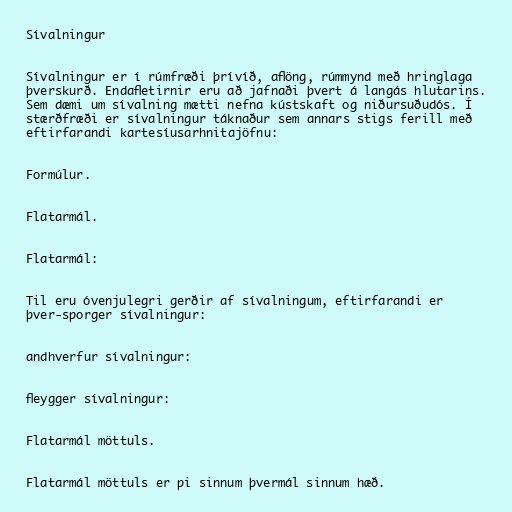
Sívalningur

Sívalningur er í rúmfræði þrívíð, aflöng, rúmmynd með hringlaga
þverskurð. Endafletirnir eru að jafnaði þvert á langás hlutarins.
Sem dæmi um sívalning mætti nefna kústskaft og niðursuðudós. Í
stærðfræði er sívalningur táknaður sem annars stigs ferill með
eftirfarandi kartesíusarhnitajöfnu:

Formúlur.

Flatarmál.

Flatarmál:

Til eru óvenjulegri gerðir af sívalningum, eftirfarandi er
þver-sporger sívalningur:

andhverfur sívalningur:

fleygger sívalningur:

Flatarmál möttuls.

Flatarmál möttuls er pi sinnum þvermál sinnum hæð.